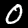
Label: 0